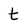
Character: t